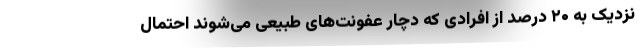
نزدیک به ۲۰ درصد از افرادی که دچار عفونت‌های طبیعی می‌شوند احتمال